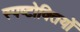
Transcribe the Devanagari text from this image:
स्पष्टोक्तियों